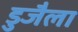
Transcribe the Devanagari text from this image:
डुजैला